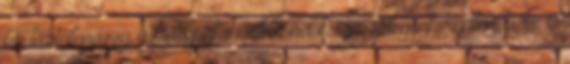
ár tartalmazza az idegenforgalmi adót: igen Idegenforgalmi adó: 0